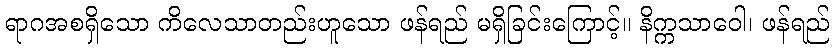
ရာဂအစရှိသော ကိလေသာတည်းဟူသော ဖန်ရည် မရှိခြင်းကြောင့်။ နိက္ကသာဝေါ၊ ဖန်ရည်